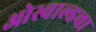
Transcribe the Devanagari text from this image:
ओस्वाल्डचा